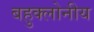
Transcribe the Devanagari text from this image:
बहुक्लोनीय